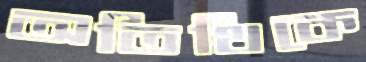
অতিথিকে